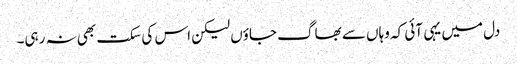
دل میں یہی آئی کہ وہاں سے بھاگ جاؤں لیکن اس کی سکت بھی نہ رہی۔